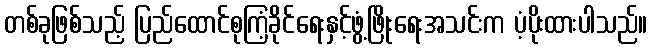
တစ်ခုဖြစ်သည့် ပြည်ထောင်စုကြံ့ခိုင်ရေးနှင့်ဖွံ့ဖြိုးရေးအသင်းက ပံ့ပိုးထားပါသည်။